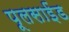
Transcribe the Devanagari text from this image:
पूलसाईंड